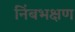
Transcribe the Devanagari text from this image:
निंबभक्षण